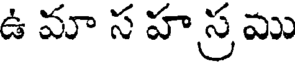
ఉ మా స హ స్ర ము